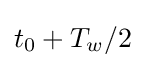
t_{0}+T_{w}/2